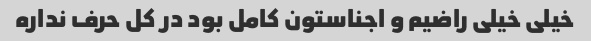
خیلی خیلی راضیم و اجناستون کامل بود در کل حرف نداره